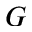
G